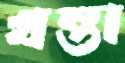
খন্তা